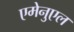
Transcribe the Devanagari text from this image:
एमेनुएल